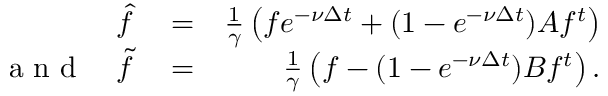
\begin{array} { r l r } { \hat { f } } & { { } = } & { \frac { 1 } { \gamma } \left( f e ^ { - \nu \Delta t } + ( 1 - e ^ { - \nu \Delta t } ) A f ^ { t } \right) } \\ { \textrm { a n d } \quad \widetilde { f } } & { { } = } & { \frac { 1 } { \gamma } \left( f - ( 1 - e ^ { - \nu \Delta t } ) B f ^ { t } \right) . } \end{array}